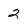
Character: 2